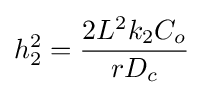
h_{2}^{2}={\frac {2L^{2}k_{2}C_{o}}{rD_{c}}}